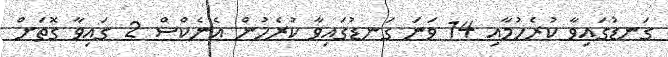
ގަނޑުގައިވާ ކުރެހުމާއި 14 ވަނަ ގަނޑުގައިވާ ކުރެހުން އެނެކްސް 2 ގައިވާ ގޮތަށް